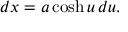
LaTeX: d x = a \cosh u \, d u .